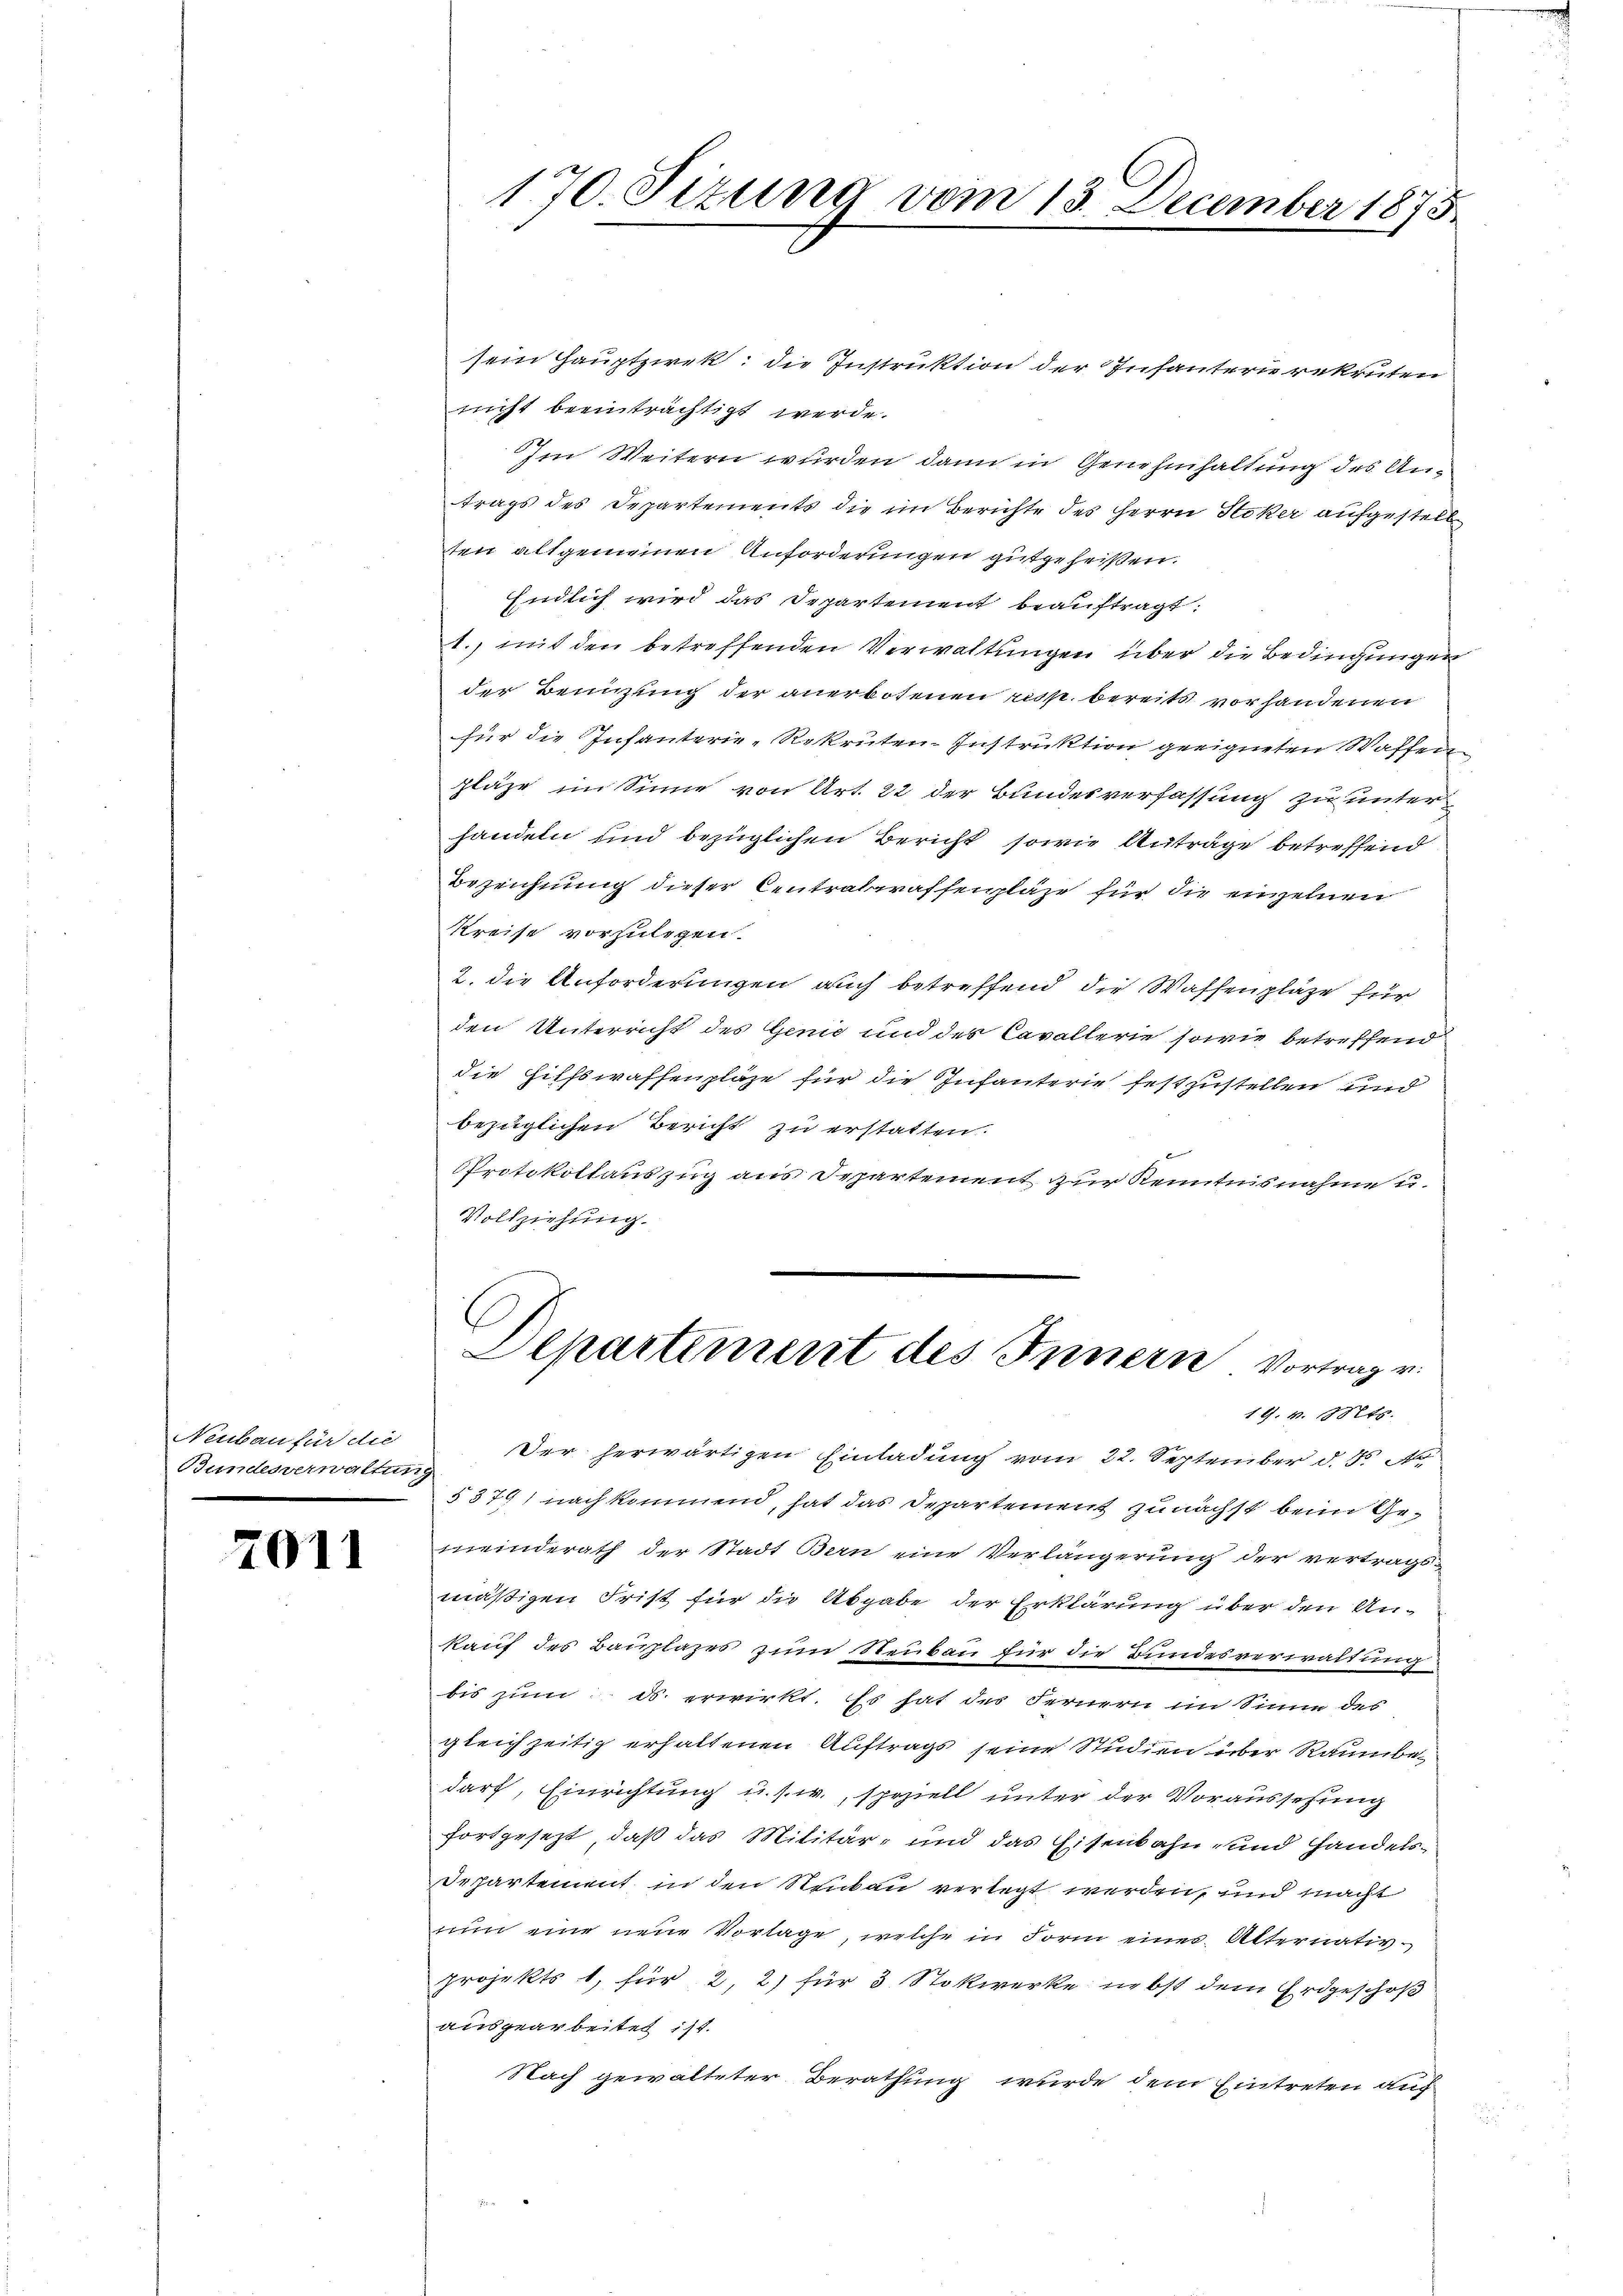
Neubau für die
Bundesverwaltung

7011

sein Hauptzirek, die Instruktion der Infantern rekruten
nicht beeinträchtigt werde.
Im Weitern wurden, dann in Genehmhaltung des Antrags des Departements die im Berichte des Herrn Stoker aufgestell
ten altgemeinen Anforderungen gutgeheißen.
Endlich wird das Departement beauftragt:
1., mit den betreffenden Verwaltungen über die Bedingungen
der Benuzung der anerbotenen resp. bereits vorhandenen
für die Infanterie-Rekruten-Instruktion geeigneten Waffen
pläge im Sinne von Art. 22 der Bundesverfassung zu unter
handeln und bezüglichen Bericht sowie Anträge betreffend
Bezeichnung dieser Centrateraffenpläge für die einzelnen
Kreise vorzulegen.
2. die Anforderungen auch betreffend die Waffenpläge für
den Unterricht des Genie und des Cavallerie sowie betreffend
die Hilfswaffenpläge für die Infanterie festzustellen und
bezüglichen Bericht zu erstatten.
PProtokollauszug aus Departement zur Kenntnisnahme u.
Vollziehung.

170. Sizung vom 13. December 1875

Departement des Innern vortrag v
19. v. Mts.

Der herwärtigen Einladung vom 22. September d. d.
§379) nach kommend, hat das Departement zunächst beim Gemeinderath der Stadt Bern eine Verlängerung der vertragsmäßigen Frist für die Abgabe der Erklärung über den Unkauf des Bauplazes zum Neubau für die Bundesverwaltung
bis zum ds. erwirkt. Es hat des Fernern im Sinne des
gleichzeitig erhaltenen Auftrags seine Studien über Raumbedarf, Einrichtung u. s. w., speziell unter der Voraussesung
fortgesezt, daß das Militär- und das Eisenbahn- und Handels¬
Departement in den Neckau verlegt werden, und macht
nun eine neue Vorlage, welche in Form eines Alternativprojekts 1, für 2, 2) für 3 Stokwerke nebst dem Erdgeschoß
ausgearbeitet ist.
Nach gewalteter Berathung wurde dem Eintreten auf